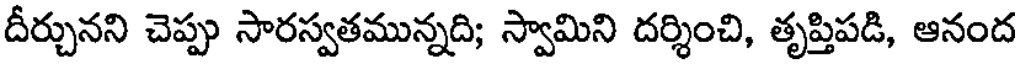
దీర్చునని చెప్పు సారస్వతమున్నది; స్వామిని దర్శించి, తృప్తిపడి, ఆనంద